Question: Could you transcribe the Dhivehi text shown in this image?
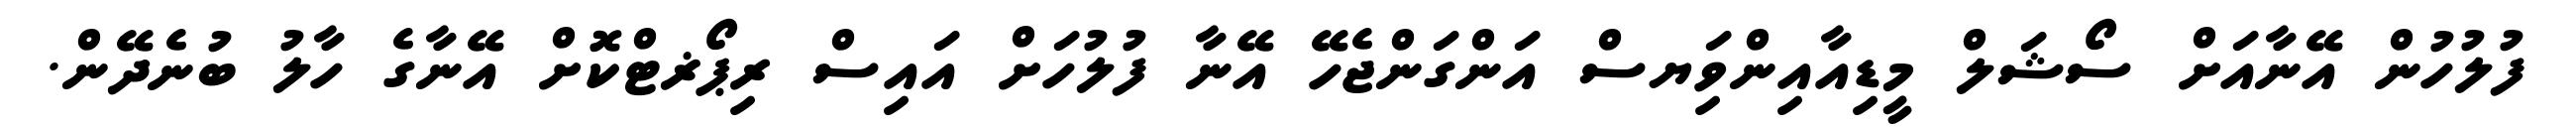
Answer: ފުލުހުން އޭނާއަށް ސޯޝަލް މީޑިއާއިންވިަޔސް އަންގަންޖެހޭ އޭނާ ފުލުހަށް އައިސް ރިޕޯޜޓްކޮށް އޭނާގެ ހާލު ބުނެދޭން.